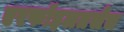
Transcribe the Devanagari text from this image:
एरफॉइलतसेच